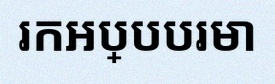
រកអប្បបរមា